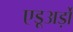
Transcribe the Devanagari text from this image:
एडूअर्ड़ो